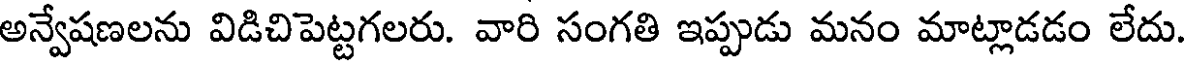
అన్వేషణలను విడిచిపెట్టగలరు. వారి సంగతి ఇప్పుడు మనం మాట్లాడడం లేదు.